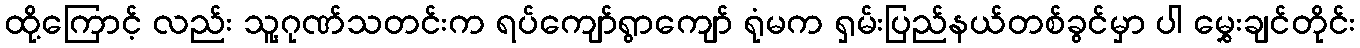
ထို့ကြောင့် လည်း သူ့ဂုဏ်သတင်းက ရပ်ကျော်ရွာကျော် ရုံမက ရှမ်းပြည်နယ်တစ်ခွင်မှာ ပါ မွှေးချင်တိုင်း